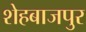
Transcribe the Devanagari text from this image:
शेहबाजपुर